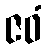
ဇဝံ